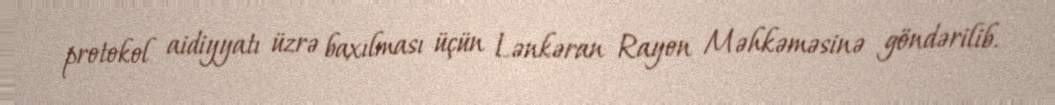
protokol aidiyyatı üzrə baxılması üçün Lənkəran Rayon Məhkəməsinə göndərilib.